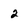
Character: 2